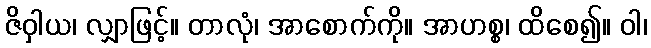
ဇိဝှါယ၊ လျှာဖြင့်။ တာလုံ၊ အာစောက်ကို။ အာဟစ္စ၊ ထိစေ၍။ ဝါ၊